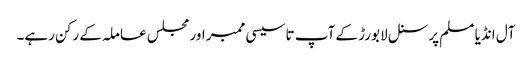
آل انڈیا مسلم پرسنل لا بورڑ کے آپ تاسیسی ممبر اور مجلس عاملہ کے رکن رہے۔